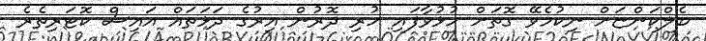
ބެލްކަންޏަށް ނިކުމެވޭ ގޮތަށް ހުޅުވާފައި ހުރި ދޮރުން އިރުގެ ދަޅަތައް އައިސް ކޮޓަރިތެރެ